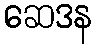
ဆေဒန